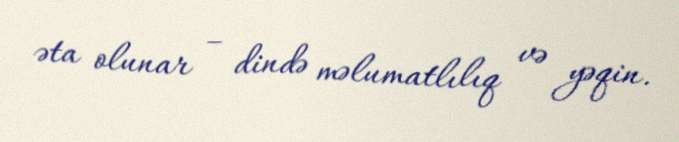
əta olunar – dində məlumatlılıq və yəqin.